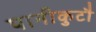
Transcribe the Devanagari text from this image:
पानीकुटौ